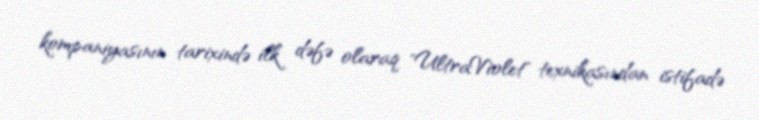
kompaniyasının tarixində ilk dəfə olaraq "UltraViolet" texnikasından istifadə